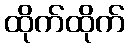
ထိုက်ထိုက်